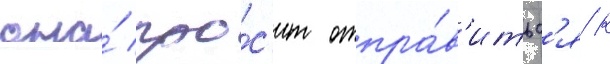
она́ про́с'ит отпра́в'итьс'я к